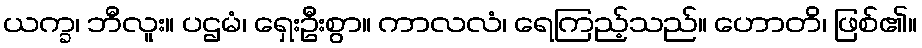
ယက္ခ၊ ဘီလူး။ ပဌမံ၊ ရှေးဦးစွာ။ ကာလလံ၊ ရေကြည့်သည်။ ဟောတိ၊ ဖြစ်၏။